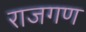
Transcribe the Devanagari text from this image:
राजगण